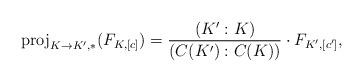
LaTeX: \begin{align*}{\rm proj}_{K\to K',*}(F_{K,[c]})=\frac{(K':K)}{(C(K'):C(K))}\cdot F_{K',[c']},\end{align*}